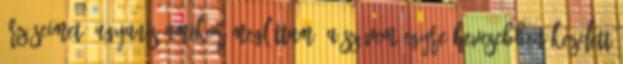
érzéseimet, ugyanis amikor megláttam, a szívem egyre hevesebben kezdett